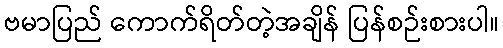
ဗမာပြည် ကောက်ရိတ်တဲ့အချိန် ပြန်စဉ်းစားပါ။